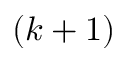
( k + 1 )